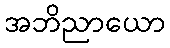
အဘိညာယော